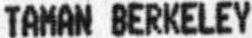
TAMAN BERKELEY